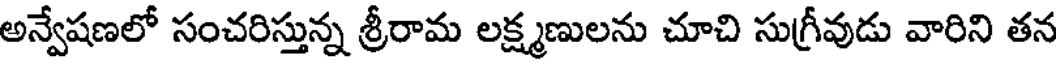
అన్వేషణలో సంచరిస్తున్న శ్రీరామ లక్ష్మణులను చూచి సుగ్రీవుడు వారిని తన